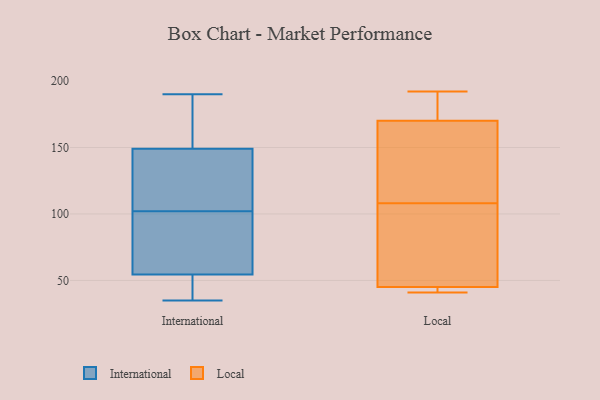
{"axis": {"x": "Energy Usage (MWh)", "y": "Value"}, "legend": ["International", "Local"], "data": [{"x": "", "y": 190, "type": "International"}, {"x": "", "y": 46, "type": "International"}, {"x": "", "y": 89, "type": "International"}, {"x": "", "y": 59, "type": "International"}, {"x": "", "y": 35, "type": "International"}, {"x": "", "y": 138, "type": "International"}, {"x": "", "y": 144, "type": "International"}, {"x": "", "y": 50, "type": "International"}, {"x": "", "y": 154, "type": "International"}, {"x": "", "y": 169, "type": "International"}, {"x": "", "y": 66, "type": "International"}, {"x": "", "y": 115, "type": "International"}, {"x": "", "y": 121, "type": "Local"}, {"x": "", "y": 185, "type": "Local"}, {"x": "", "y": 46, "type": "Local"}, {"x": "", "y": 43, "type": "Local"}, {"x": "", "y": 170, "type": "Local"}, {"x": "", "y": 192, "type": "Local"}, {"x": "", "y": 41, "type": "Local"}, {"x": "", "y": 87, "type": "Local"}, {"x": "", "y": 172, "type": "Local"}, {"x": "", "y": 133, "type": "Local"}, {"x": "", "y": 95, "type": "Local"}, {"x": "", "y": 45, "type": "Local"}, {"x": "", "y": 45, "type": "Local"}, {"x": "", "y": 167, "type": "Local"}]}